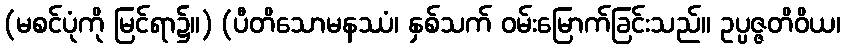
(မစင်ပုံကို မြင်ရာ၌။) (ပီတိသောမနဿံ၊ နှစ်သက် ဝမ်းမြောက်ခြင်းသည်။ ဥပ္ပဇ္ဇတိဝိယ၊